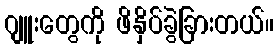
ဂျူးတွေကို ဖိနှိပ်ခွဲခြားတယ်။